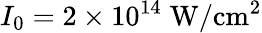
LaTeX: I_{0}=2\times 10^{14}\; \mathrm{W/cm^{2}}